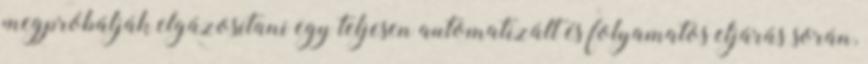
megpróbálják elgázosítani egy teljesen automatizált és folyamatos eljárás során,